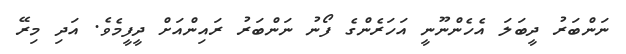
ނަންބަރު ދީބަލަ އެހެންނޫނީ އަހަރެންގެ ފޯނު ނަންބަރު ރައިންއަށް ދީފީމެވެ. އަދި މިރޭ